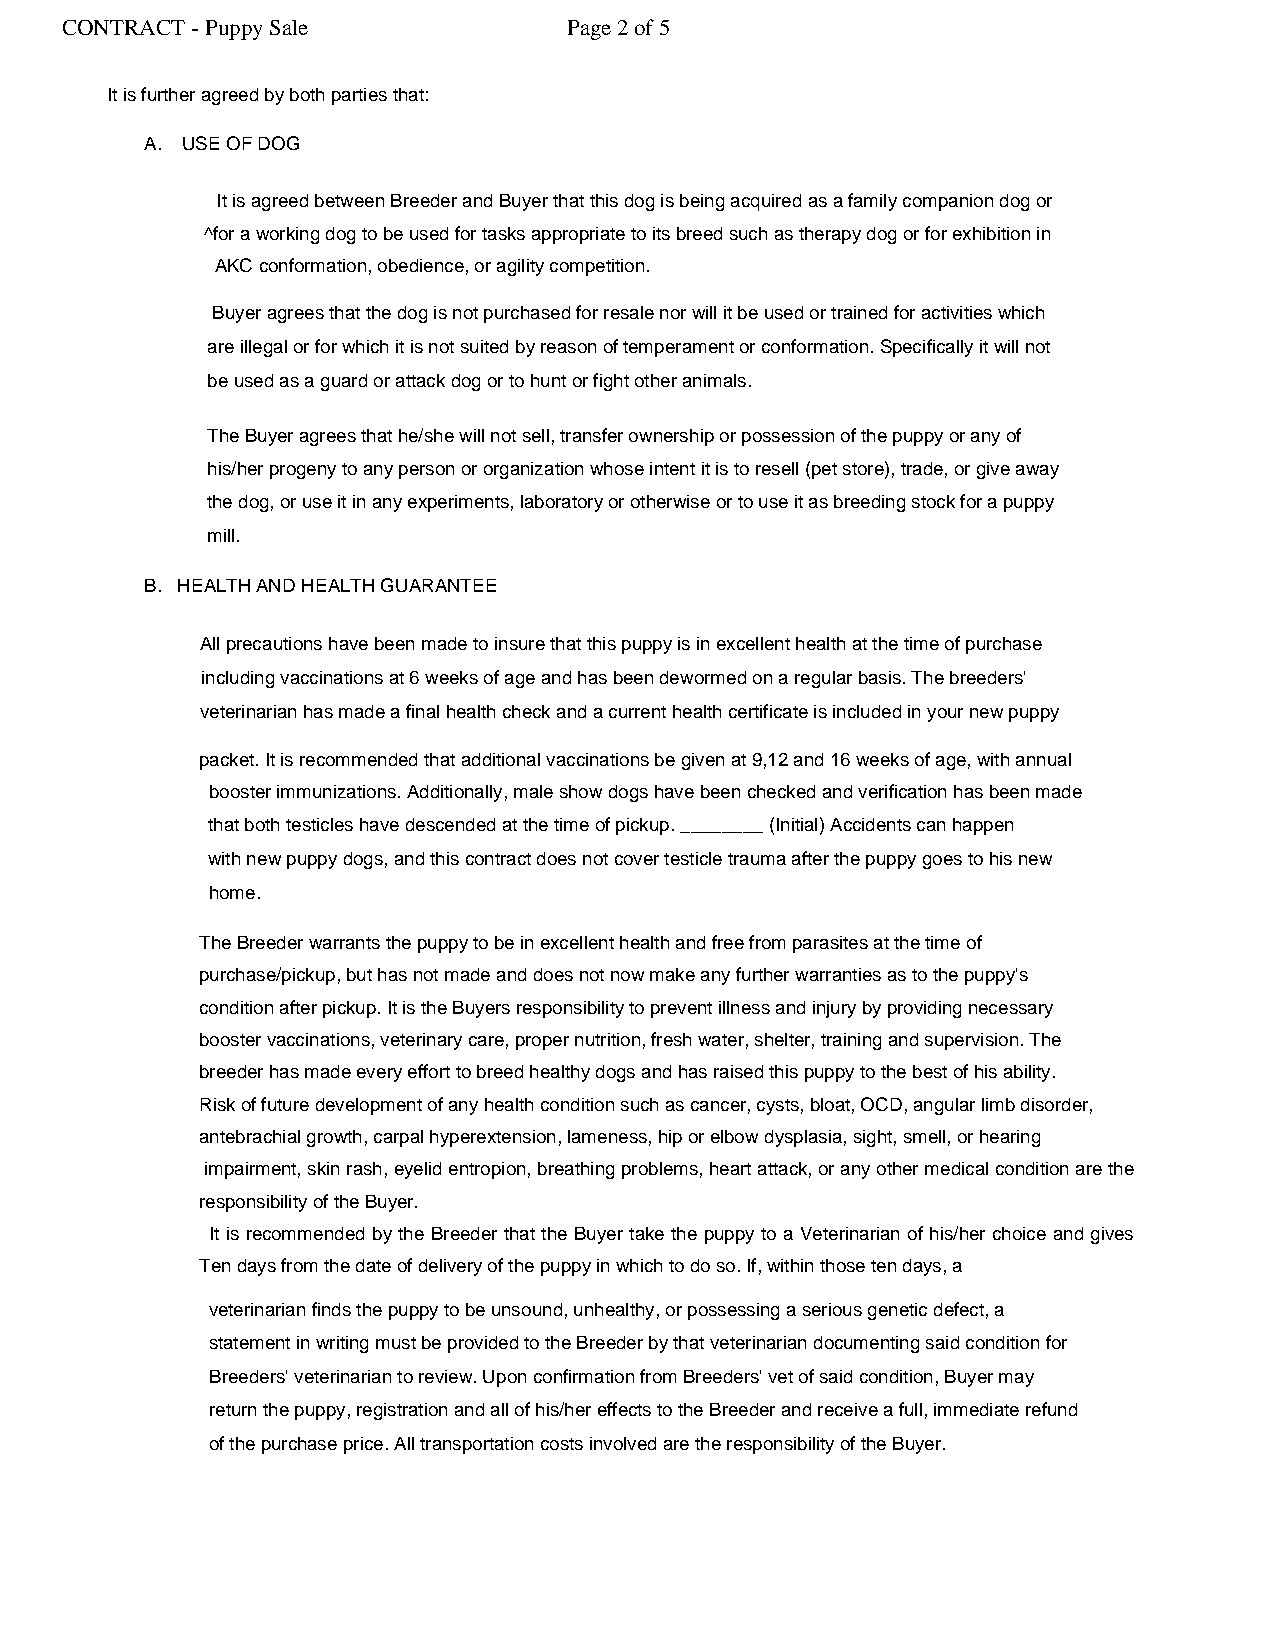
CONTRACT - Puppy Sale             Page 2 of 5
 .It is further agreed by both parties that:
 A. USE OF DOG
 It is agreed between Breeder and Buyer that this dog is being acquired as a family companion dog or
 ^for a working dog to be used for tasks appropriate to its breed such as therapy dog or for exhibition in
 AKC conformation, obedience, or agility competition.
 Buyer agrees that the dog is not purchased for resale nor will it be used or trained for activities which
 are illegal or for which it is not suited by reason of temperament or conformation. Specifically it will not
 be used as a guard or attack dog or to hunt or fight other animals.
 The Buyer agrees that he/she will not sell, transfer ownership or possession of the puppy or any of
 his/her progeny to any person or organization whose intent it is to resell (pet store), trade, or give away
 the dog, or use it in any experiments, laboratory or otherwise or to use it as breeding stock for a puppy
 mill.
 B. HEALTH AND HEALTH GUARANTEE
 All precautions have been made to insure that this puppy is in excellent health at the time of purchase
 including vaccinations at 6 weeks of age and has been dewormed on a regular basis. The breeders'
 veterinarian has made a final health check and a current health certificate is included in your new puppy
 packet. It is recommended that additional vaccinations be given at 9,12 and 16 weeks of age, with annual
 booster immunizations. Additionally, male show dogs have been checked and verification has been made
 that both testicles have descended at the time of pickup. ________ (Initial) Accidents can happen
 with new puppy dogs, and this contract does not cover testicle trauma after the puppy goes to his new
 home.
 The Breeder warrants the puppy to be in excellent health and free from parasites at the time of
 purchase/pickup, but has not made and does not now make any further warranties as to the puppy's
 condition after pickup. It is the Buyers responsibility to prevent illness and injury by providing necessary
 booster vaccinations, veterinary care, proper nutrition, fresh water, shelter, training and supervision. The
 breeder has made every effort to breed healthy dogs and has raised this puppy to the best of his ability.
 Risk of future development of any health condition such as cancer, cysts, bloat, OCD, angular limb disorder,
 antebrachial growth, carpal hyperextension, lameness, hip or elbow dysplasia, sight, smell, or hearing
 impairment, skin rash, eyelid entropion, breathing problems, heart attack, or any other medical condition are the
 responsibility of the Buyer.
 It is recommended by the Breeder that the Buyer take the puppy to a Veterinarian of his/her choice and gives
 Ten days from the date of delivery of the puppy in which to do so. If, within those ten days, a
 veterinarian finds the puppy to be unsound, unhealthy, or possessing a serious genetic defect, a
 statement in writing must be provided to the Breeder by that veterinarian documenting said condition for
 Breeders' veterinarian to review. Upon confirmation from Breeders' vet of said condition, Buyer may
 return the puppy, registration and all of his/her effects to the Breeder and receive a full, immediate refund
 of the purchase price. All transportation costs involved are the responsibility of the Buyer.